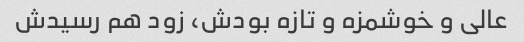
عالی و خوشمزه و تازه بودش، زود هم رسیدش